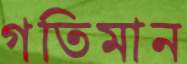
গতিমান